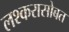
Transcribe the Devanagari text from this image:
लश्करासोबत